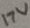
Text: 17V